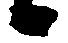
候